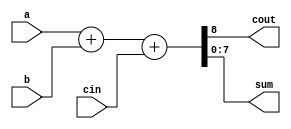
module adder_8(cout,sum,a,b,cin);
output cout; 
output [7:0] sum; 
input cin; 
input[7:0] a,b; 
assign {cout,sum}=a+b+cin; 
endmodule